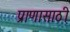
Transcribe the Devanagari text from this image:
प्राणासाठी